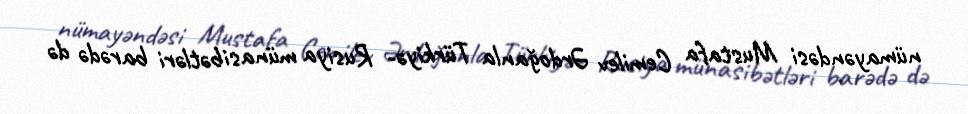
nümayəndəsi Mustafa Cemilev Ərdoğanla Türkiyə- Rusiya münasibətləri barədə də